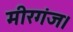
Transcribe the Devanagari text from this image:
मीरगंज।